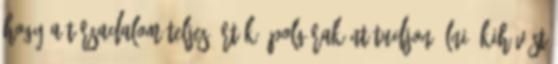
hogy a társadalom teljes értékű polgáraként tudjon élni. Kihívást